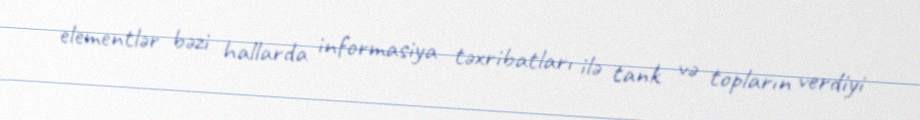
elementlər bəzi hallarda informasiya təxribatları ilə tank və topların verdiyi